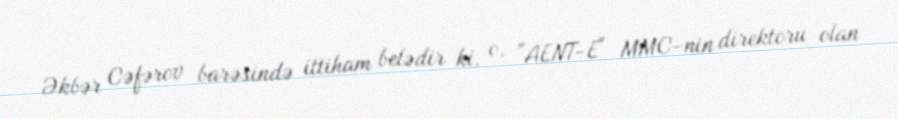
Əkbər Cəfərov barəsində ittiham belədir ki, o, "AENT-E" MMC-nin direktoru olan